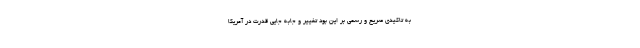
به تاکیدی صریح و رسمی بر این بود تغییر و جابه جایی قدرت در آمریکا